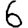
Digit: 6